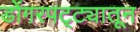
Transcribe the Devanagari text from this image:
डोंगरपट्ट्यातून